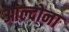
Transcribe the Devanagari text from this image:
आल्दोना